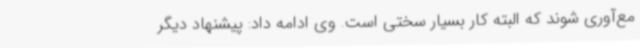
مع‌آوری شوند که البته کار بسیار سختی است. وی ادامه داد: پیشنهاد دیگر